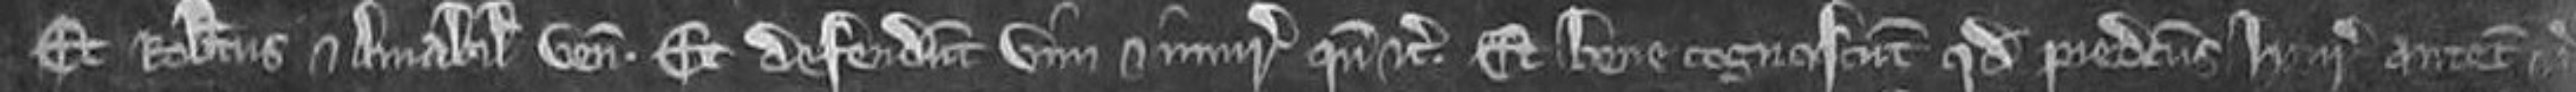
Et Robertus et Amabilia veniunt. Et defendunt vim et injuriam quando etc. Et bene cognoscunt quod predictus Henricus antecessor etc.